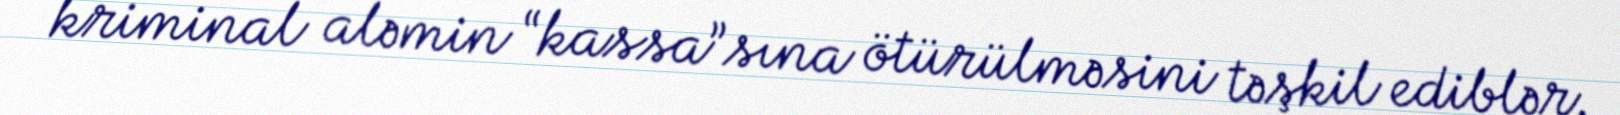
kriminal aləmin “kassa”sına ötürülməsini təşkil ediblər.